Statistics compiled by the Government of India from the reports of provincial Civil Veterinary Departments
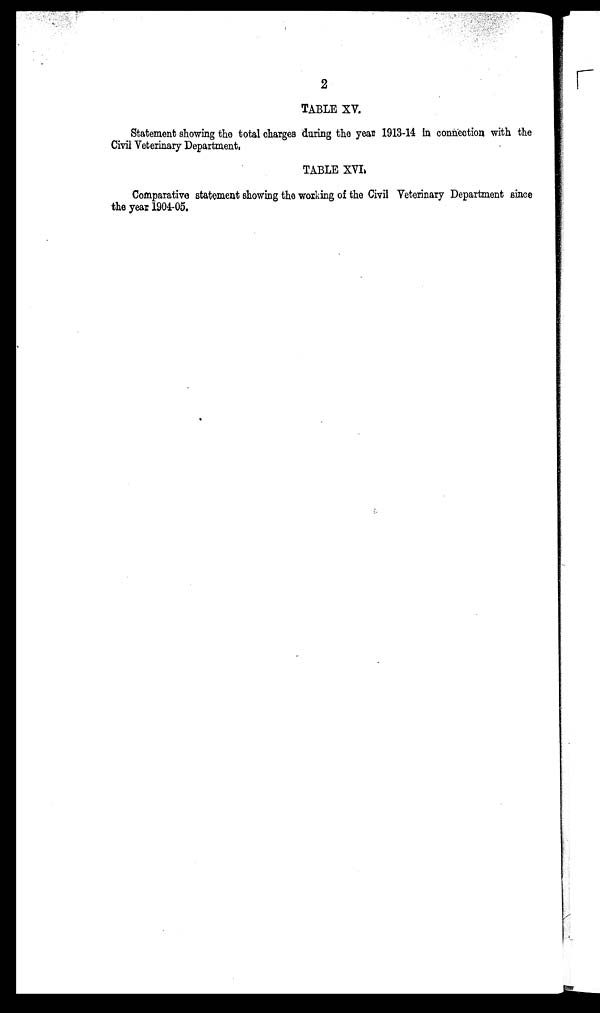
2
TABLE XV.
Statement showing the total charges during the year 1913-14 in connection with the
Civil Veterinary Department,
TABLE XVI.
Comparative statement showing the working of the Civil Veterinary Department since
the year 1904-05.